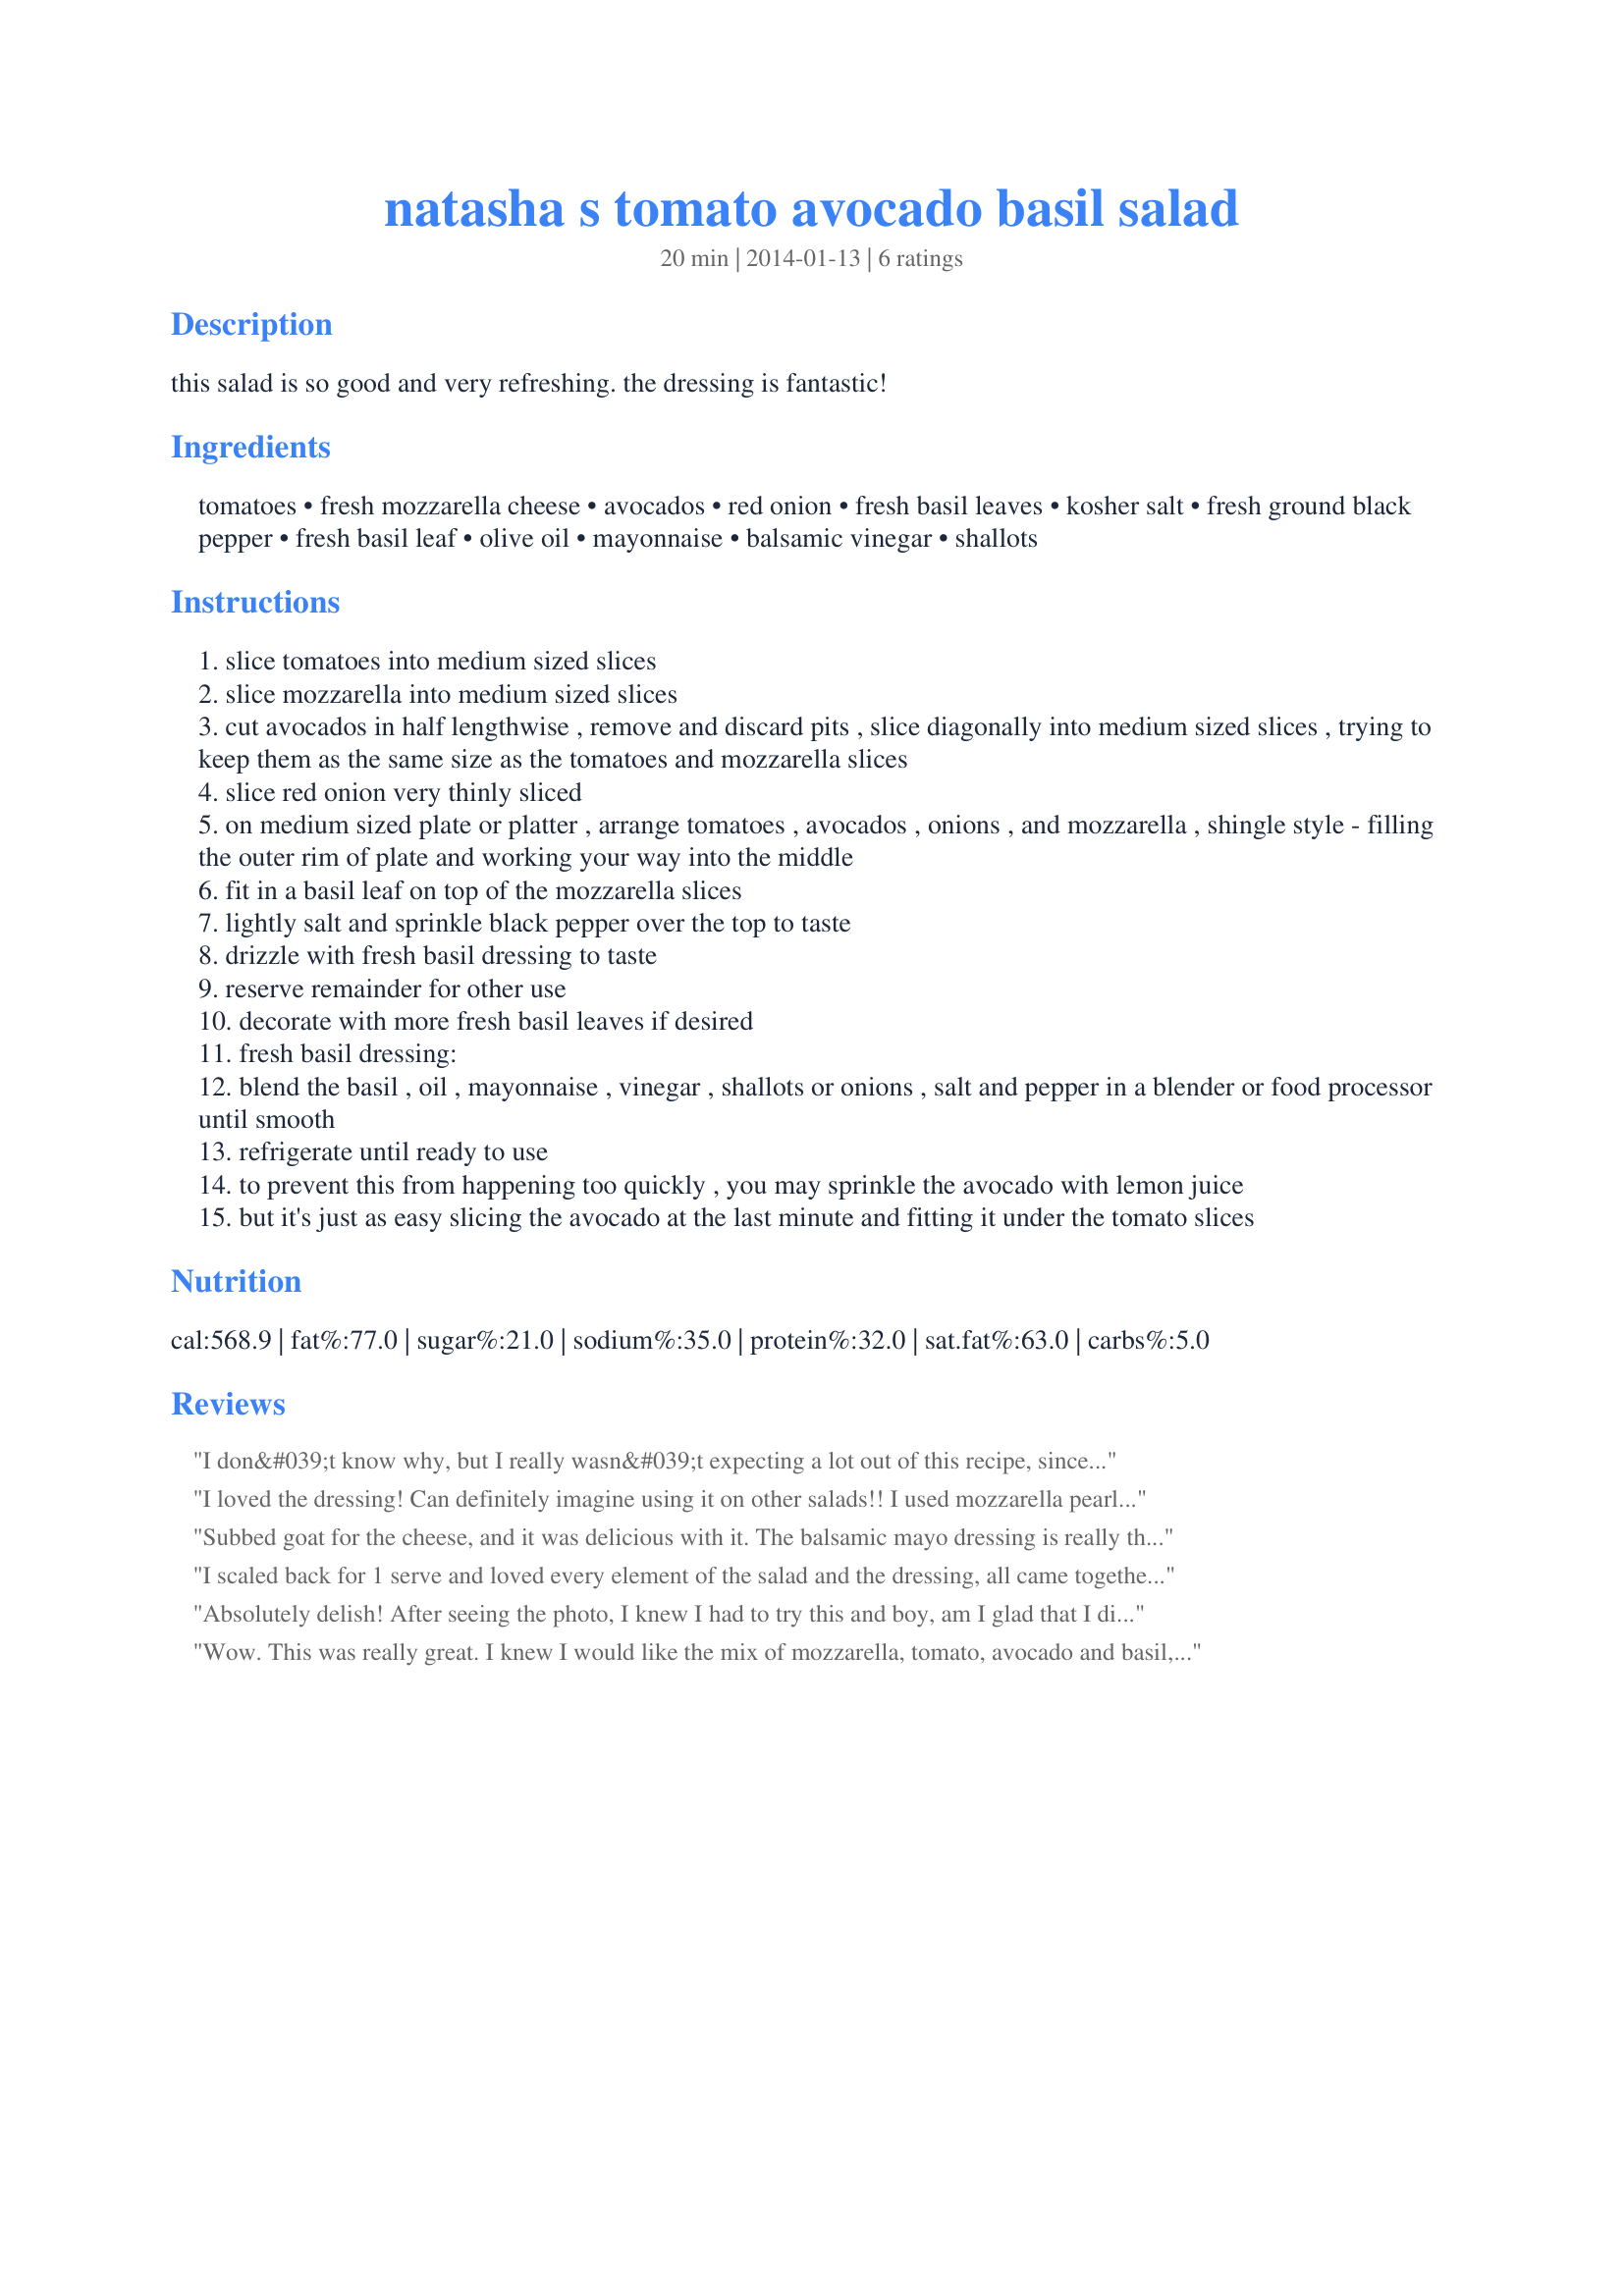
natasha s tomato avocado basil salad
Preparation time: 20 minutes

this salad is so good and very refreshing. the dressing is fantastic!

Ingredients:
tomatoes, fresh mozzarella cheese, avocados, red onion, fresh basil leaves, kosher salt, fresh ground black pepper, fresh basil leaf, olive oil, mayonnaise, balsamic vinegar, shallots

Steps:
slice tomatoes into medium sized slices
slice mozzarella into medium sized slices
cut avocados in half lengthwise , remove and discard pits , slice diagonally into medium sized slices , trying to keep them as the same size as the tomatoes and mozzarella slices
slice red onion very thinly sliced
on medium sized plate or platter , arrange tomatoes , avocados , onions , and mozzarella , shingle style - filling the outer rim of plate and working your way into the middle
fit in a basil leaf on top of the mozzarella slices
lightly salt and sprinkle black pepper over the top to taste
drizzle with fresh basil dressing to taste
reserve remainder for other use
decorate with more fresh basil leaves if desired
fresh basil dressing:
blend the basil , oil , mayonnaise , vinegar , shallots or onions , salt and pepper in a blender or food processor until smooth
refrigerate until ready to use
to prevent this from happening too quickly , you may sprinkle the avocado with lemon juice
but it's just as easy slicing the avocado at the last minute and fitting it under the tomato slices

Reviews:
I don&#039;t know why, but I really wasn&#039;t expecting a lot out of this recipe, since fresh mozzarella and avocado don&#039;t have very overt flavor. However, this was phenomenal! The dressing is fantastic (I used the white balsamic and shallots, and I have since used it in sandwiches, salads, etc.) and the simplicity of the dish really made it sing! I did not have red onion, so omitted that. Beautiful presentation, too! Thanks for sharing this sleeper keeper!
I loved the dressing! Can definitely imagine using it on other salads!! I used mozzarella pearls and just loved this salad! Thanks for sharing! Made for Photo Tag game.
Subbed goat for the cheese, and it was delicious with it. The balsamic mayo dressing is really the star here, and would be good on anything, think grilled veggie panini or steamed artichoke dipping sauce.
I scaled back for 1 serve and loved every element of the salad and the dressing, all came together beautifully and the flavours were clean and refreshing, thank you ForeverMama, made for Everyday A Holiday tag game.
Absolutely delish! After seeing the photo, I knew I had to try this and boy, am I glad that I did. Made this beautiful and delicious side to go with our dinner tonight. Definitely Company worthy -- both for taste and presentation. Will definitely make this again! : )
Wow. This was really great. I knew I would like the mix of mozzarella, tomato, avocado and basil, but the pesto sauce is outstanding. I actually opted for using grape tomatoes and small balls of fresh mozzarella, cut in half. I layered the salad in a small bowl and it was wonderful. The sauce would be great on a sandwich, over chicken, maybe even as the sauce on a pizza. Definitely a keeper.
